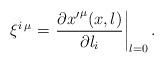
LaTeX: \begin{align*}\xi^{i\: \mu} = \left. \frac{\partial{x'}^{\mu}(x,l)}{\partial l_{i}}\right|_{l=0}.\end{align*}